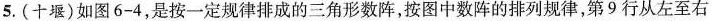
5.(十堰)如图6-4，是按一定规律排成的三角形数阵，按图中数阵的排列规律，第9行从左至右